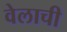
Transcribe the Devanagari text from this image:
वेलाची